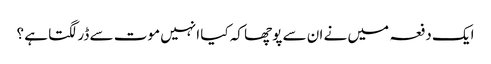
ایک دفعہ میں نے ان سے پوچھا کہ کیا انہیں موت سے ڈر لگتا ہے ؟